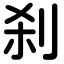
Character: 刹